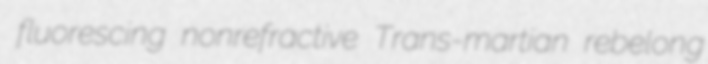
fluorescing nonrefractive Trans-martian rebelong